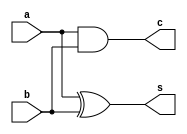
`timescale 1ns / 1ps
//////////////////////////////////////////////////////////////////////////////////
// Company: 
// Engineer: 
// 
// Design Name: 
// Module Name: half_adder
// Project Name: 
// Target Devices: 
// Tool Versions: 
// Description: 
// 
// Dependencies: 
// 
// Revision:
// Revision 0.01 - File Created
// Additional Comments:
// 
//////////////////////////////////////////////////////////////////////////////////


module half_adder(s,c,a,b);
input a,b;
output s,c;
xor(s,a,b);
and(c,a,b);
endmodule